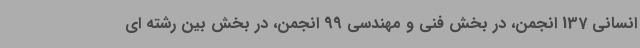
انسانی 137 انجمن، در بخش فنی و مهندسی 99 انجمن، در بخش بین رشته ای